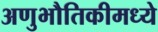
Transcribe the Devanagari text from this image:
अणुभौतिकीमध्ये